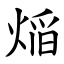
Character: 㷔